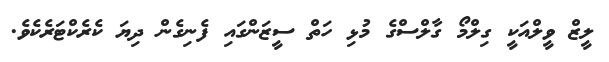
ލީޒް ވީލްއަކީ ގިލްމޯ ގާލްސްގެ މުޅި ހަތް ސީޒަންގައި ފެނިގެން ދިޔަ ކެރެކްޓަރެކެވެ.